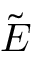
\tilde { \boldsymbol { E } }